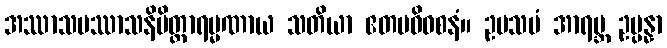
အဿာသပဿာသနိမိတ္တာရမ္မဏာယ သတိယာ ဧတမဓိဝစနံ။ ဥပသမံ အာရဗ္ဘ ဥပ္ပန္နာ